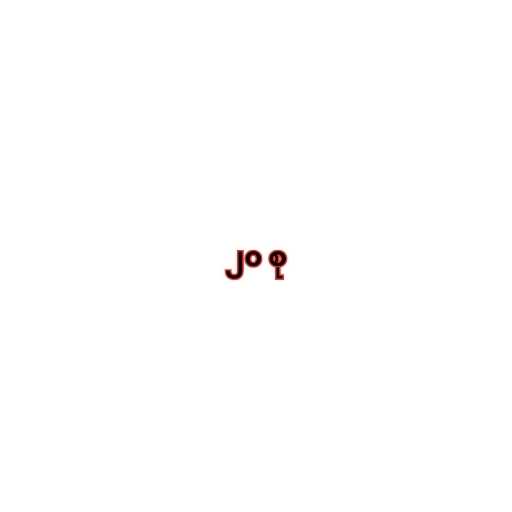
၂၀ စု